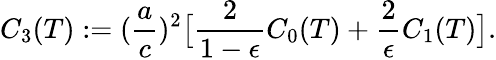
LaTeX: C_{3}(T):=(\frac{a}{c})^{2}\bigl[\frac{2}{1-\epsilon}C_{0}(T)+\frac{2}{\epsilon}C_{1}(T)\bigr].